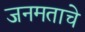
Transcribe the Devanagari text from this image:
जनमताचे